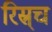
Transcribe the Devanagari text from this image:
रिस्र्च